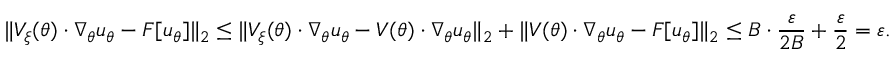
\| V _ { \xi } ( \theta ) \cdot \nabla _ { \theta } u _ { \theta } - F [ u _ { \theta } ] \| _ { 2 } \le \| V _ { \xi } ( \theta ) \cdot \nabla _ { \theta } u _ { \theta } - V ( \theta ) \cdot \nabla _ { \theta } u _ { \theta } \| _ { 2 } + \| V ( \theta ) \cdot \nabla _ { \theta } u _ { \theta } - F [ u _ { \theta } ] \| _ { 2 } \le B \cdot \frac { \varepsilon } { 2 B } + \frac { \varepsilon } { 2 } = \varepsilon .